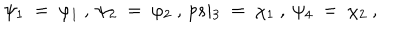
\psi _ { 1 } \ = \ \varphi _ { 1 } \ , \ \psi _ { 2 } \ = \ \varphi _ { 2 } \ , \, p s i _ { 3 } \ = \ \chi _ { 1 } \ , \ \psi _ { 4 } \ = \ \chi _ { 2 } \ ,